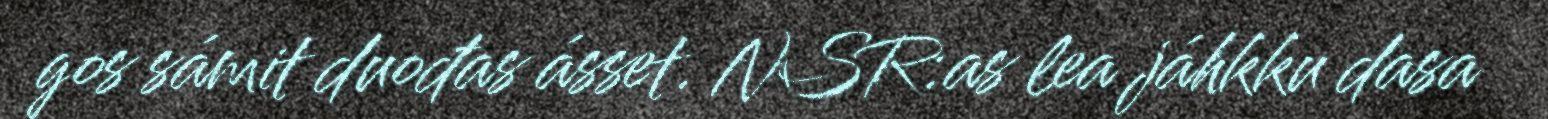
gos sámit duođas ásset. NSR:as lea jáhkku dasa